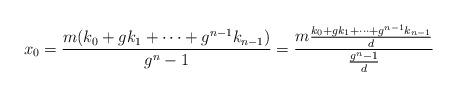
LaTeX: \begin{align*}x_0=\frac{m(k_0+gk_1+\dots+g^{n-1}k_{n-1})}{g^n-1}=\frac{m\frac{k_0+gk_1+\dots+g^{n-1}k_{n-1}}{d}}{\frac{g^n-1}d}\end{align*}